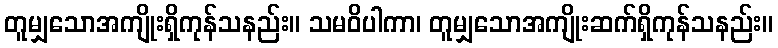
တူမျှသောအကျိုးရှိကုန်သနည်း။ သမဝိပါကာ၊ တူမျှသောအကျိုးဆက်ရှိကုန်သနည်း။